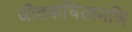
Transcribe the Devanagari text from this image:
जीवकचिंतामणि